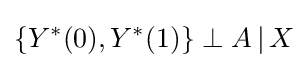
\{Y^{*}(0),Y^{*}(1)\}\perp A\,|\,X